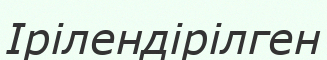
Ірілендірілген